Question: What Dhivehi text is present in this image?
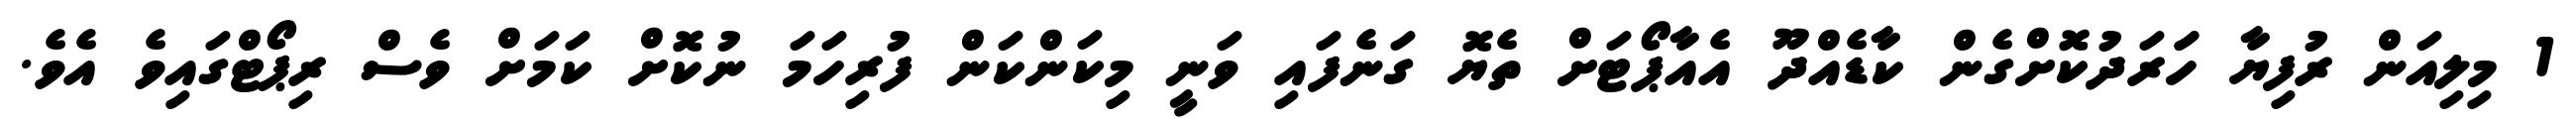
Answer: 1 މިލިއަން ރުފިޔާ ހަަރަދުކޮށްގެން ކާޑެއްދޫ އެއާޕޯޓަށް ތެޔޮ ގަނެފައި ވަނީ މިކަންކަން ފުރިހަމަ ނުކޮށް ކަމަށް ވެސް ރިޕޯޓްގައިވެ އެވެ.